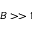
B > > 1